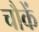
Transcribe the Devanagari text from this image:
चौकें